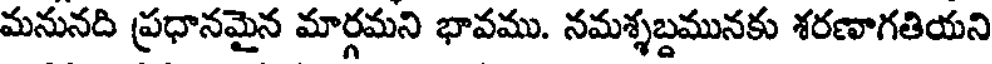
మనునది ప్రధానమైన మార్గమని భావము. నమశ్శబ్దమునకు శరణాగతియని